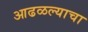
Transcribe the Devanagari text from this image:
आढळल्याचा